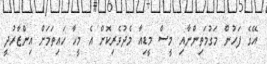
އޭގެ ފަހުން މަގުމަތިންނާއި މީސް މީޑިއާ މެދުވެރިކޮށް އެ މީހާ ހައިތަމަށް އިންޒާރުދީ